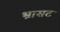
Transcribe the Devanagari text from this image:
भ्रासट